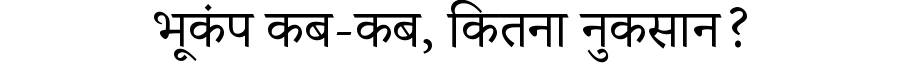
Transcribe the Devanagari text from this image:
भूकंप कब-कब, कितना नुकसान?